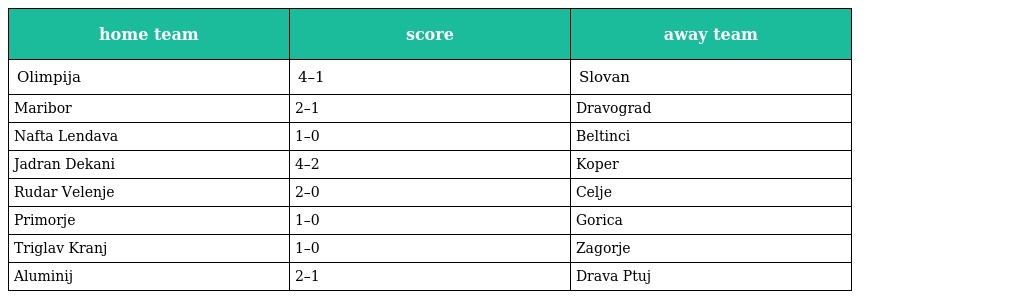
| home team | score | away team |
 | --- | --- | --- |
 | Olimpija | 4–1 | Slovan |
 | Maribor | 2–1 | Dravograd |
 | Nafta Lendava | 1–0 | Beltinci |
 | Jadran Dekani | 4–2 | Koper |
 | Rudar Velenje | 2–0 | Celje |
 | Primorje | 1–0 | Gorica |
 | Triglav Kranj | 1–0 | Zagorje |
 | Aluminij | 2–1 | Drava Ptuj |